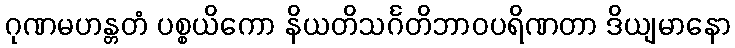
ဂုဏမဟန္တတံ ပစ္စယိကော နိယတိသင်္ဂတိဘာဝပရိဏတာ ဒိယျမာနော